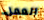
العمل